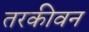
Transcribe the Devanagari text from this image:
तरकीवन